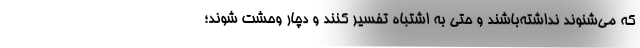
که می‌شنوند نداشته‌باشند و حتی به اشتباه تفسیر کنند و دچار وحشت شوند؛